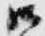
御